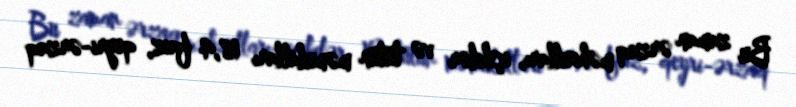
Bu zaman ərzaq məhsulları, içkilər və tütün məmulatları 18,4 faiz, qeyri-ərzaq